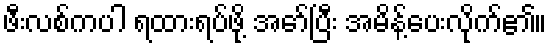
ဖီးလစ်ကပါ ရထားရပ်ဖို့ အော်ပြီး အမိန့်ပေးလိုက်၏။